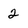
Character: 2